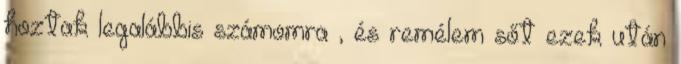
hoztak legalábbis számomra , és remélem sőt ezek után